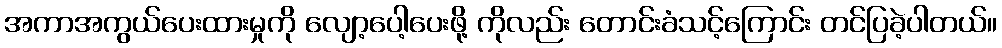
အကာအကွယ်ပေးထားမှုကို လျော့ပေါ့ပေးဖို့ ကိုလည်း တောင်းခံသင့်ကြောင်း တင်ပြခဲ့ပါတယ်။